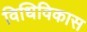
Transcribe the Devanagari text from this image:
विधिविकास